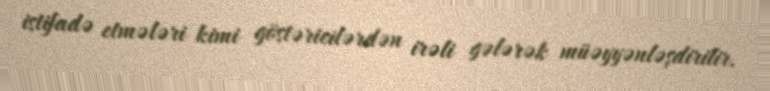
istifadə etmələri kimi göstəricilərdən irəli gələrək müəyyənləşdirilir.